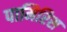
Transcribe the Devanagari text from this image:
पामिरिस